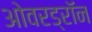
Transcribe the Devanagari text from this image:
ओवरड्रॉन